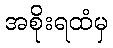
အစိုးရထံမှ